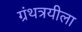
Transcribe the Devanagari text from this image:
ग्रंथत्रयीला